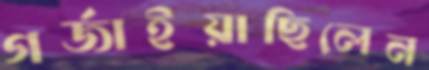
গর্জাইয়াছিলেন